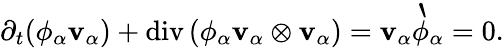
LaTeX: \begin{array}{r}{\partial_{t}(\phi_{\alpha}\mathbf{v}_{\alpha})+\mathrm{div}\left(\phi_{\alpha}\mathbf{v}_{\alpha}\otimes\mathbf{v}_{\alpha}\right)=\mathbf{v}_{\alpha}\grave{\phi}_{\alpha}=0.}\end{array}